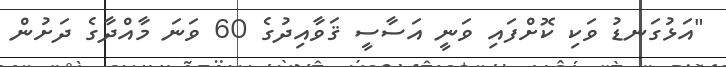
"އަޅުގަނޑު ވަކި ކޮށްފައި ވަނީ އަސާސީ ޤަވާއިދުގެ 60 ވަނަ މާއްދާގެ ދަށުން